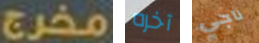
مخرج آخره ناجي